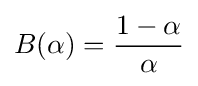
B(\alpha )={\frac {1-\alpha }{\alpha }}